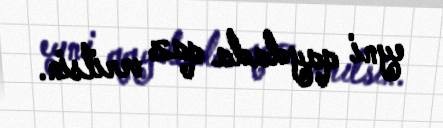
eyni qaydada qaz verilsin.